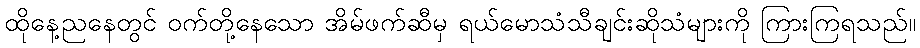
ထိုနေ့ညနေတွင် ဝက်တို့နေသော အိမ်ဖက်ဆီမှ ရယ်မောသံသီချင်းဆိုသံများကို ကြားကြရသည်။